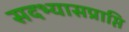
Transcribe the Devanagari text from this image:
सदभ्यासप्राप्ति